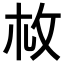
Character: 𢻾